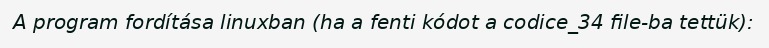
A program fordítása linuxban (ha a fenti kódot a codice_34 file-ba tettük):